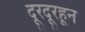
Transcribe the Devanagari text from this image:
दूरदूरहून